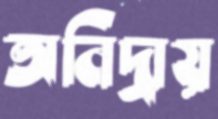
অনিদ্রায়